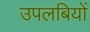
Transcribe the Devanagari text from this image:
उपलबियों